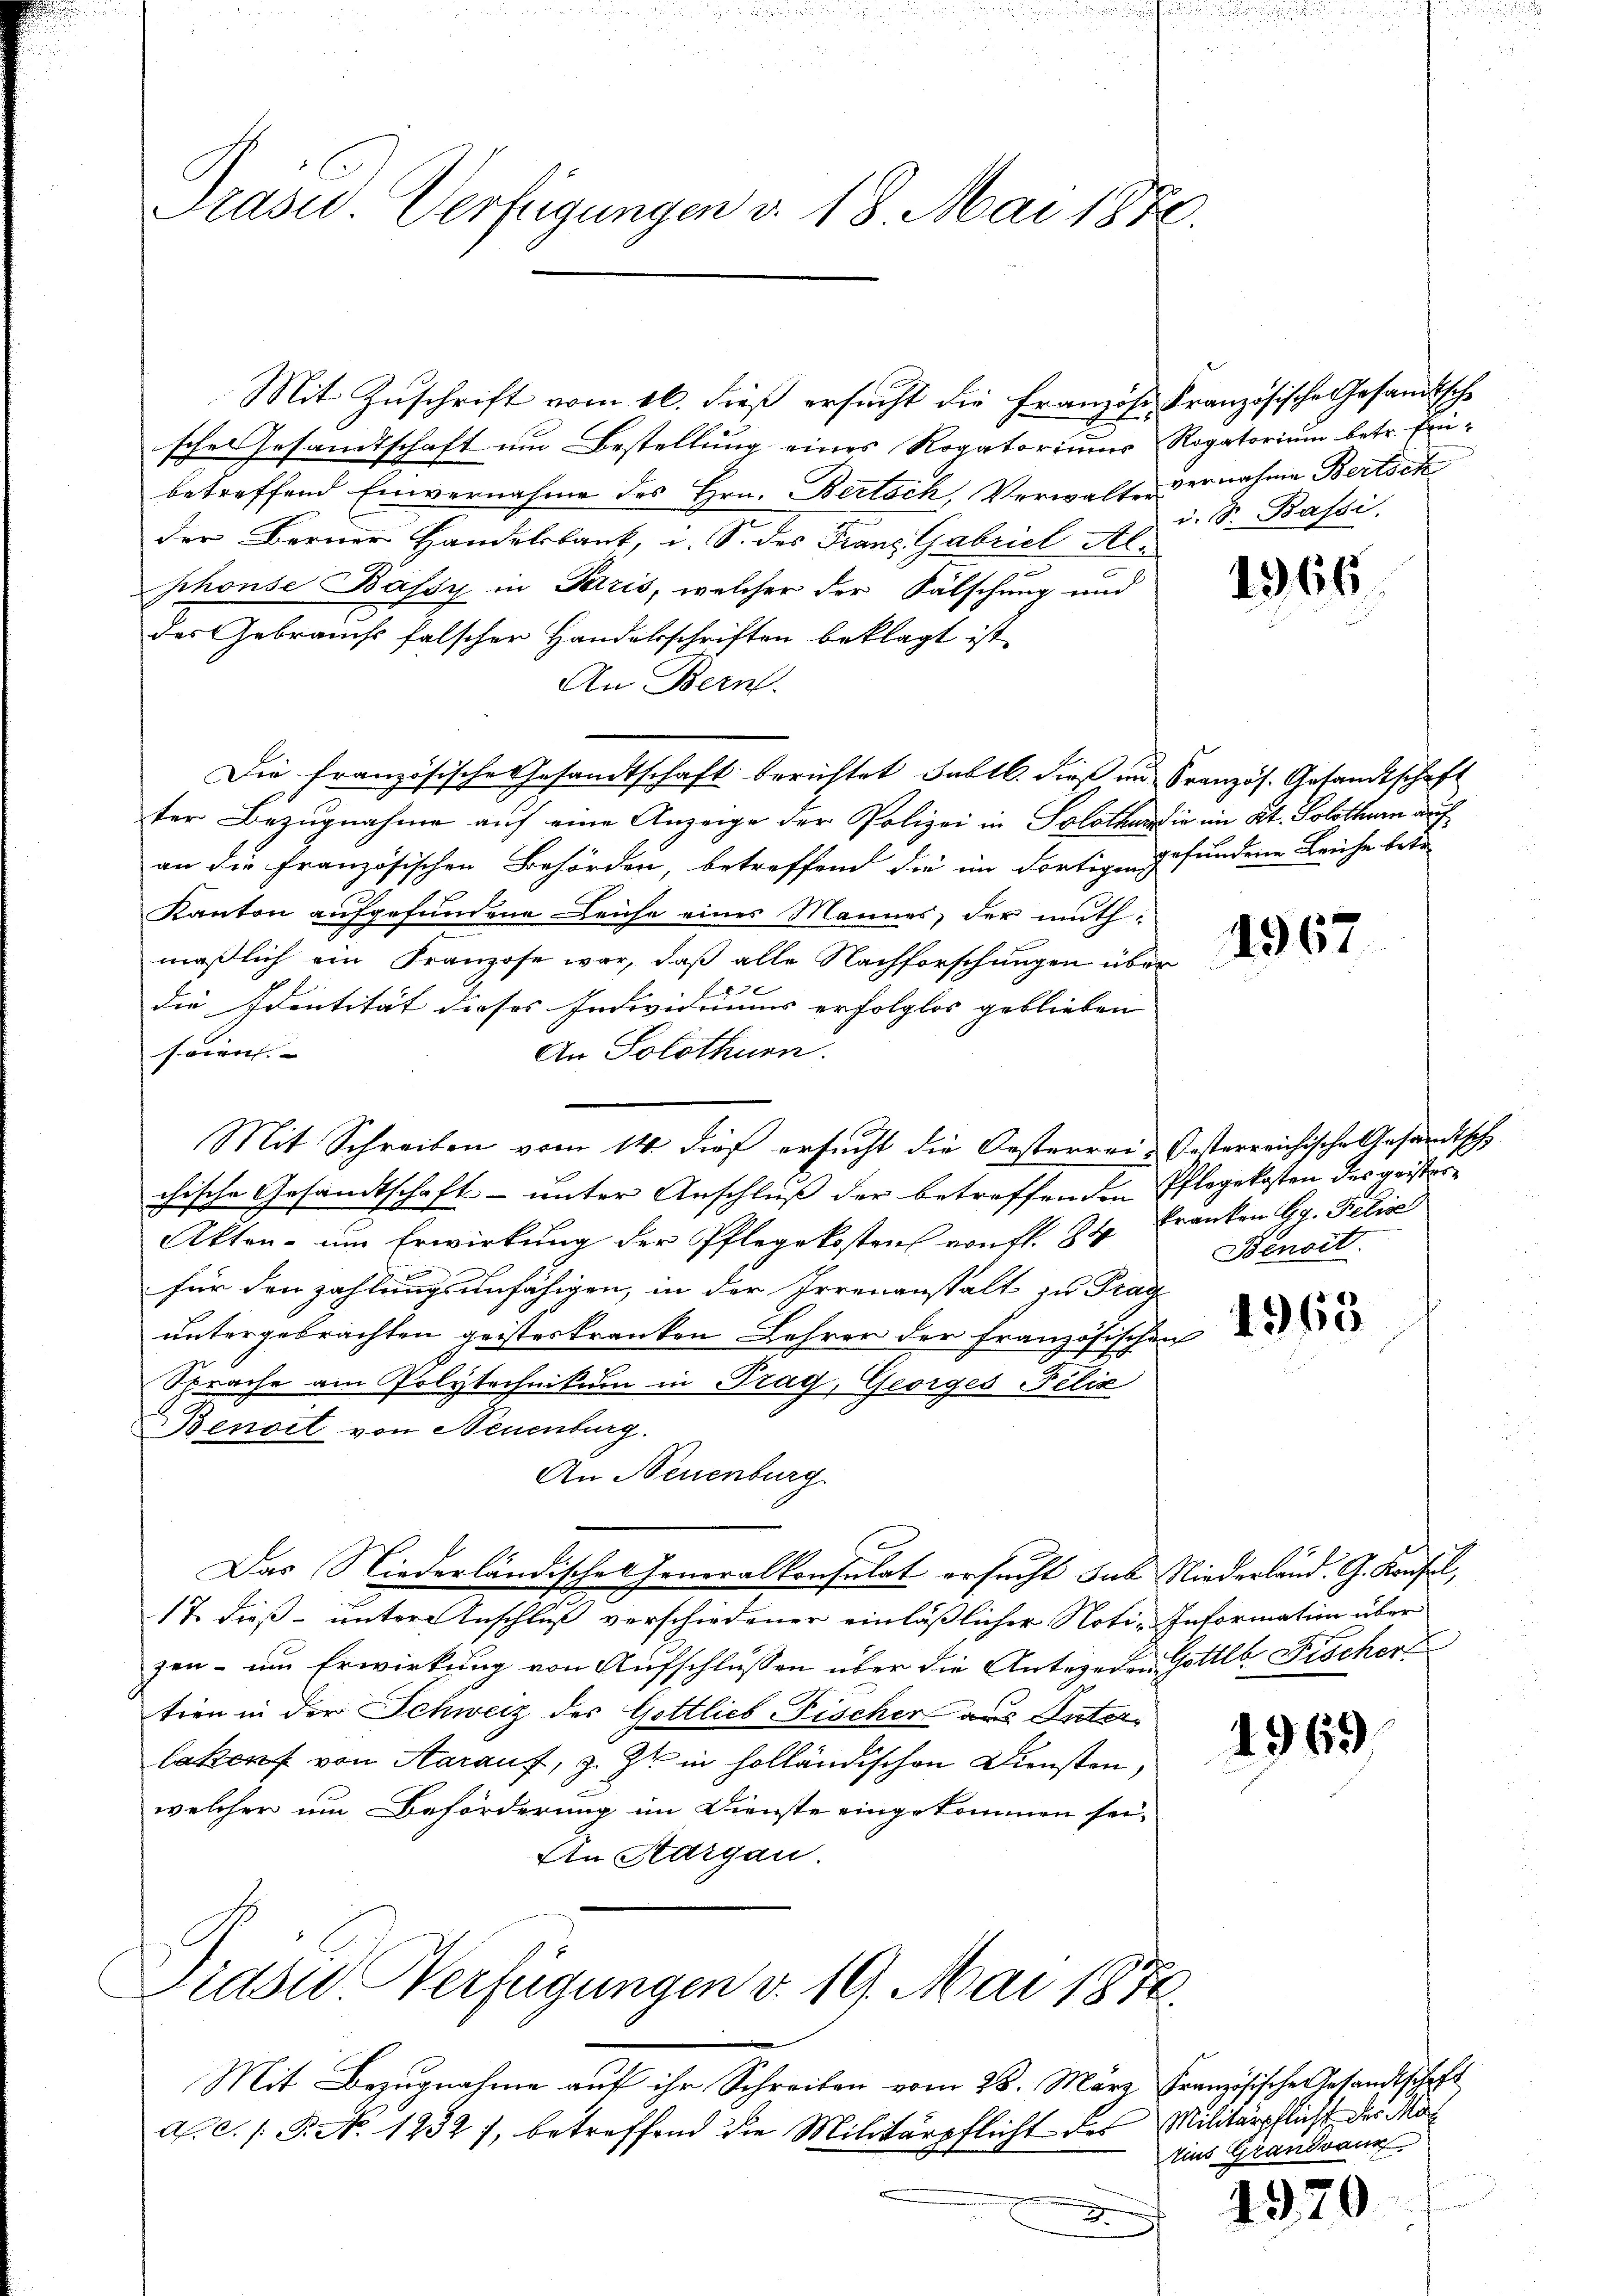
Präsid.. Verfügungen v. 18. Mai 1850.

Mit Zuschrift vom 16. dieß ersucht die Französe Kranzösische Gesandtsche
sches Gesandtschaft um Bestellung eines Rogatoriums Rogatorium betr. Einbetreffend Einvernahme des Hrn. Bertoch, Verwalter vernahme Bertock
der Berner Handelsbank, i. S. des Franz Gabriel Alphonse Bassy in Paris, welcher der Fälschung und
des Gebrauchs falscher Handelsschriften beklagt ist,
An Bern.
Die französische Gesandtschaft berichtet habt. dieß an Französ. Gesandtschaft
ter Bezugnahme auf eine Anzeige der Polizei in Solothur die im Kt. Solothurn auf
an die französischen Behörden, betreffend die im dortigen gefundene Leiche betr
Kanton aufgefundene Leiche eines Mannes, der muth¬
.
maßlich ein Franzose war, daß alle Nachforschungen über
die Identität dieses Individuums erfolglos geblieben |
seien. |
An Solothurn
Mit Schreiben vom 14. dieß ersucht die Oesterrei- Oesterreichische Gesandtsch
chische Gesandtschaft- unter Anschluß der betreffenden Pflegekosten des geister¬
Akten- um Erwirkung der Pflegekostens von fl. 84. Franken Gg. Police
für den zahlungsunfähigen, in der Irrenanstalt zu Frag
untergebrachten geisteskranken Lehrer der französischen
Sprache am Polytechnikum in Prag, Georges Felix
Benort von Neuenburg.
An Neuenburg.
Das Niederländisches Generalkonsulat ersucht sub Niederland. G. Konsul,
17. dieß- unter Anschluß verschiedener einläßlicher Noti-Information über
zen – um Erwirkung von Aufschlüssen über die Antegeren Gottl. Fischer
tien in der Schweiz der Gottlich-Fischer aus Interlakorf von Aarauf, z. Zt. in holländischen Dunsten,
welcher um Beförderung im Dienste eingekommen sei,
An Aargau.
Siden Verfügungen d. 19. Mai 1876.
Mit Bezugnahme auf ihr Schreiben vom 28. März Französische Gesandtschaft
A.C. /: P. No 1232), betreffend die Militärpflicht des Militärpflicht des Mal
e
x

i. S. Bassi

1366

1967

Benoit.

4965

4969

tius Grandvaur

1970